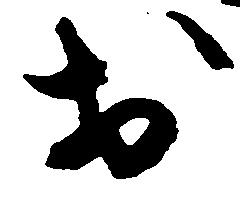
於